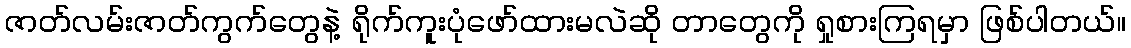
ဇာတ်လမ်းဇာတ်ကွက်တွေနဲ့ ရိုက်ကူးပုံဖော်ထားမလဲဆို တာတွေကို ရှုစားကြရမှာ ဖြစ်ပါတယ်။